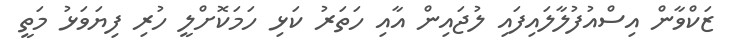
ޒަކްވާން އިސްއުފުލާލައިފައި ލުޖައިން އާއި ހަތަރު ކަޅި ހަމަކޮށްލީ ހުރި ފިޔަވަޅު މަތީ